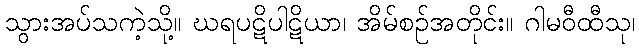
သွားအပ်သကဲ့သို့။ ဃရပဋိပါဋိယာ၊ အိမ်စဉ်အတိုင်း။ ဂါမဝီထီသု၊